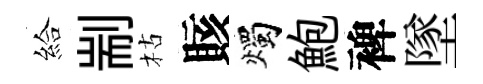
給剬枯賅燭鮑裨墜